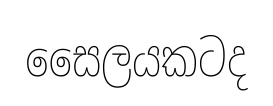
සෛලයකටද